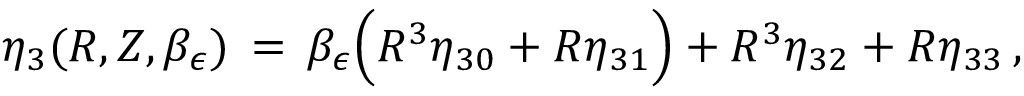
\eta _ { 3 } ( R , Z , \beta _ { \epsilon } ) \, = \, \beta _ { \epsilon } \Bigl ( R ^ { 3 } \eta _ { 3 0 } + R \eta _ { 3 1 } \Bigr ) + R ^ { 3 } \eta _ { 3 2 } + R \eta _ { 3 3 } \, ,